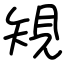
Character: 䂓